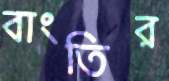
বাংতির